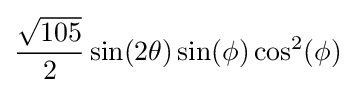
{\frac {\sqrt {105}}{2}}\sin(2\theta )\sin(\phi )\cos ^{2}(\phi )